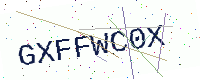
Text: GXFFWC0X